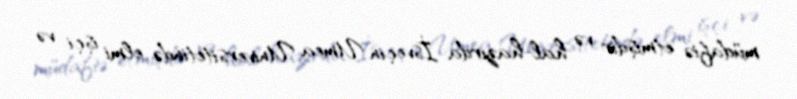
müdafiə etmişdir və hal-hazırda İsveçin Umea Universitetində elmi işçi və